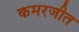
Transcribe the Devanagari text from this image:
कमरजीत